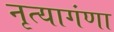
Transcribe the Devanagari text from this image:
नृत्यागंणा